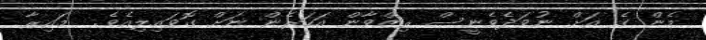
މެން ގެ އަށް ނުވަދެވެނީސް ރިޒްވާން އަހަރެން ނަށް ގޮވައިލިއެވެ.  މައިރާ